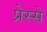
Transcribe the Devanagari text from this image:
प्रेस्से